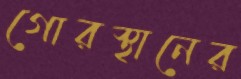
গোরস্থানের